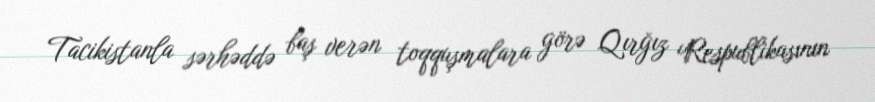
Tacikistanla sərhəddə baş verən toqquşmalara görə Qırğız Respublikasının